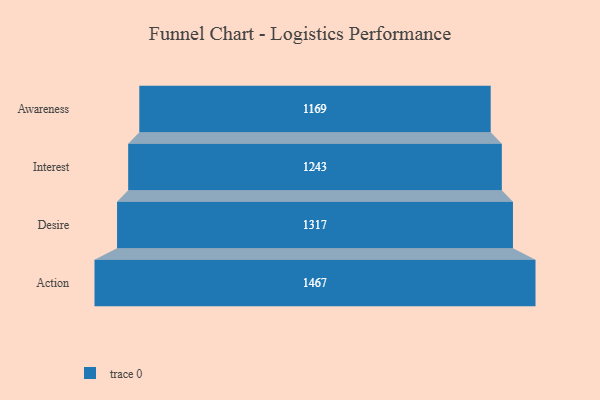
{"axis": {"x": "Stage", "y": "Value"}, "legend": [""], "data": [{"x": "Awareness", "y": 1169.0, "type": ""}, {"x": "Interest", "y": 1243.0, "type": ""}, {"x": "Desire", "y": 1317.0, "type": ""}, {"x": "Action", "y": 1467.0, "type": ""}]}